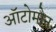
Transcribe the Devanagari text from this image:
ऑटोमोन